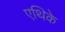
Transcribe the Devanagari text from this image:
एथिके